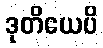
ဒုတိယေပိ